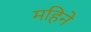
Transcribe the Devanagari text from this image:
महिनेे